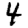
Digit: 4